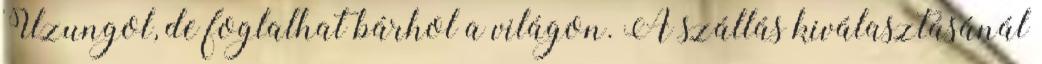
Uzungol, de foglalhat bárhol a világon. A szállás kiválasztásánál